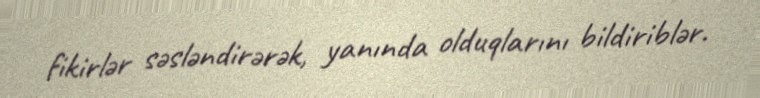
fikirlər səsləndirərək, yanında olduqlarını bildiriblər.